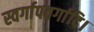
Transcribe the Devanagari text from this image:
स्वर्गापवर्गादि।